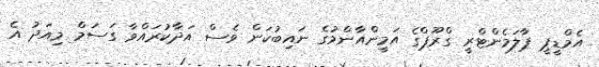
އެމްޑީޕީ ޕާލަމެންޓްރީ ގްރޫޕްގެ އަމީންއާންމުގެ ނައިބުކަން ވެސް އަދާކުރައްވާ ގަސަމް މިއަދު އެ